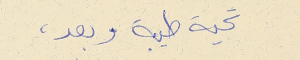
تحية طيبة وبعد،